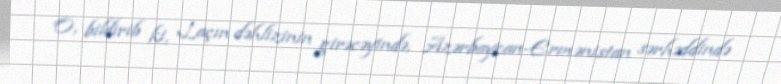
O, bildirib ki, Laçın dəhlizinin girəcəyində, Azərbaycan-Ermənistan sərhəddində